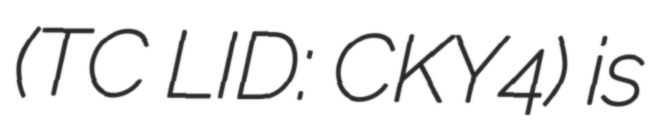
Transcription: (TC LID: CKY4) is